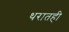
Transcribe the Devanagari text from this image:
थरातही